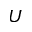
U